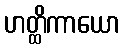
ဟတ္ထိကာယော